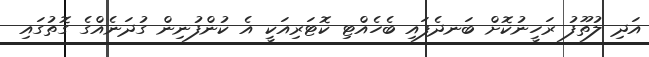
އަދި ލުތޫފު ރަހީނުކޮށް ބަނދެފައި ބެހެއްޓި ކޮޓަރިއަކީ އެ ކުންފުނިން ގުދަނެއްގެ ގޮތުގައި